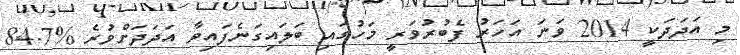
މި އަދަދަކީ 2014 ވަނަ އަހަރު ފެބުރުވަރީ މަހުގައި ބަލައިގަނެފައިވާ އަދަދަށްވުރެ %84.7